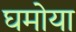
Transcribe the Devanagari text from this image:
घमोया